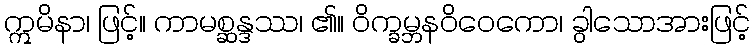
ဣမိနာ၊ ဖြင့်။ ကာမစ္ဆန္ဒဿ၊ ၏။ ဝိက္ခမ္ဘနဝိဝေကော၊ ခွါသောအားဖြင့်